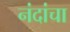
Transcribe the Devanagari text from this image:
नंदांचा